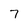
Character: 7